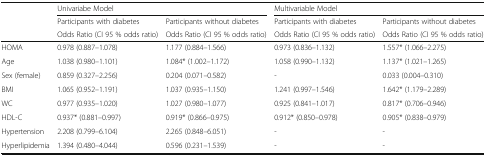
<table><thead><tr><td rowspan="3"></td><td colspan="2"><b>Univariabe Model</b></td><td colspan="2"><b>Multivariable Model</b></td></tr><tr><td><b>Participants with diabetes</b></td><td><b>Participants without diabetes</b></td><td><b>Participants with diabetes</b></td><td><b>Participants without diabetes</b></td></tr><tr><td><b>Odds Ratio (CI 95 % odds ratio)</b></td><td><b>Odds Ratio (CI 95 % odds ratio)</b></td><td><b>Odds Ratio (CI 95 % odds ratio)</b></td><td><b>Odds Ratio (CI 95 % odds ratio)</b></td></tr></thead><tbody><tr><td>HOMA</td><td>0.978 (0.887–1.078)</td><td>1.177 (0.884–1.566)</td><td>0.973 (0.836–1.132)</td><td>1.557* (1.066–2.275)</td></tr><tr><td>Age</td><td>1.038 (0.980–1.101)</td><td>1.084* (1.002–1.172)</td><td>1.058 (0.990–1.132)</td><td>1.137* (1.021–1.265)</td></tr><tr><td>Sex (female)</td><td>0.859 (0.327–2.256)</td><td>0.204 (0.071–0.582)</td><td>-</td><td>0.033 (0.004–0.310)</td></tr><tr><td>BMI</td><td>1.065 (0.952–1.191)</td><td>1.037 (0.935–1.150)</td><td>1.241 (0.997–1.546)</td><td>1.642* (1.179–2.289)</td></tr><tr><td>WC</td><td>0.977 (0.935–1.020)</td><td>1.027 (0.980–1.077)</td><td>0.925 (0.841–1.017)</td><td>0.817* (0.706–0.946)</td></tr><tr><td>HDL-C</td><td>0.937* (0.881–0.997)</td><td>0.919* (0.866–0.975)</td><td>0.912* (0.850–0.978)</td><td>0.905* (0.838–0.979)</td></tr><tr><td>Hypertension</td><td>2.208 (0.799–6.104)</td><td>2.265 (0.848–6.051)</td><td>-</td><td>-</td></tr><tr><td>Hyperlipidemia</td><td>1.394 (0.480–4.044)</td><td>0.596 (0.231–1.539)</td><td>-</td><td>-</td></tr></tbody></table>